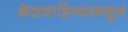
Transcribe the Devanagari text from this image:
केशवाहिन्यामधून